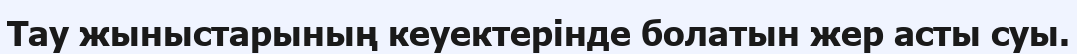
Тау жыныстарының кеуектерінде болатын жер асты суы.